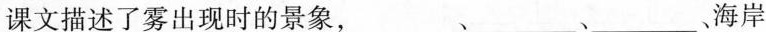
课文描述了雾出现时的景象，___、___、___海岸